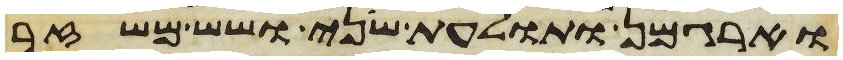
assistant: וארגמן ותולעת שני ושש משזר